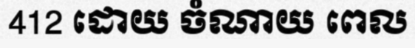
412 ដោយ ចំណាយ ពេល